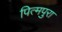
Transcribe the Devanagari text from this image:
पित्मपुरा